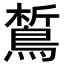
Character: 𪁻